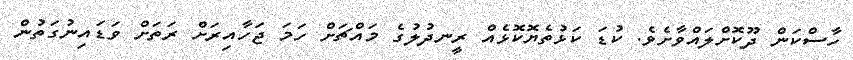
ހާސްކަން ދޫކޮށްލައްވާށެވެ. ކުޑަ ކަޅުތެޔޮކޮޅެއް ރީނދުލުގެ މައްޗަށް ހަމަ ޖަހާއިރަށް ރަތަށް ވަޑައިނުގަތުން